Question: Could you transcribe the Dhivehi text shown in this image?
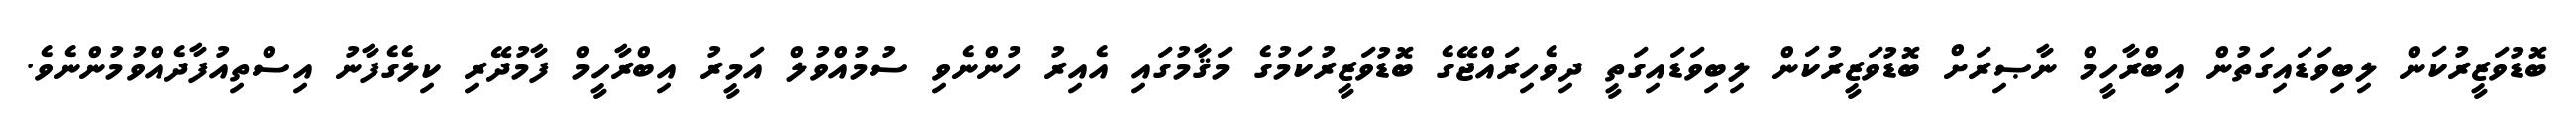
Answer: ބޮޑުވަޒީރުކަން ލިބިވަޑައިގަތުން އިބްރާހީމް ނާޞިރަށް ބޮޑުވަޒީރުކަން ލިބިވަޑައިގަތީ ދިވެހިރައްޖޭގެ ބޮޑުވަޒީރުކަމުގެ މަޤާމުގައި އެއިރު ހުންނެވި ސުމުއްވުލް އަމީރު އިބްރާހީމް ފާމުދޭރި ކިލެގެފާނު އިސްތިއުފާދެއްވުމުންނެވެ.